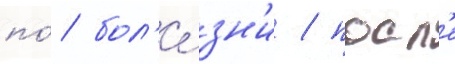
по́ бол'е́зн'и / посл'е